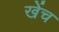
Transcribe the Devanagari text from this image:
खेंच